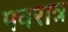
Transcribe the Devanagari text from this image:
पवरात्र